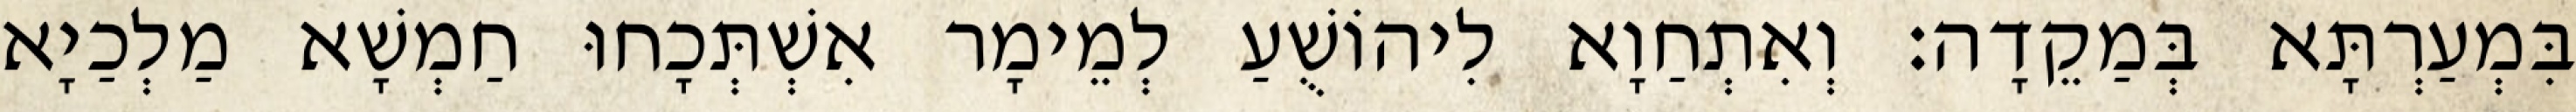
בִּמְעַרְתָּא בְּמַקֵדָה׃ וְאִתְחַוָא לִיהוֹשֻׁעַ לְמֵימָר אִשְׁתְּכָחוּ חַמְשָׁא מַלְכַיָא